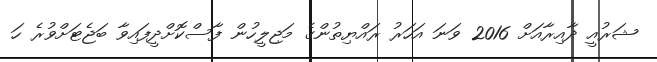
ޝަރުއީ ދާއިރާއަށް 2016 ވަނަ އަހަރު ރައްޔިތުންގެ މަޖިލީހުން ފާސްކޮށްދީފައިވާ ބަޖެޓަށްވުރެ ހަ